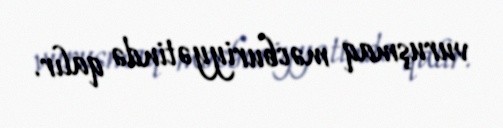
vuruşmaq məcburiyyətində qalır.